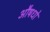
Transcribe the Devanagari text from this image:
औषधो